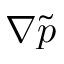
\nabla \tilde { p }